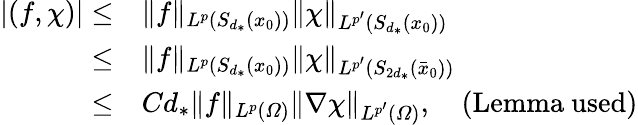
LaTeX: \begin{array}{rl}{|(f,\chi)|\leq}&{\| f\| _{L^{p}(S_{d_{*}}(x_{0}))}\| \chi\| _{L^{p^{\prime}}(S_{d_{*}}(x_{0}))}}\\ {\leq}&{\| f\| _{L^{p}(S_{d_{*}}(x_{0}))}\| \chi\| _{L^{p^{\prime}}(S_{2d_{*}}(\bar{x}_{0}))}}\\ {\leq}&{Cd_{*}\| f\| _{L^{p}(\varOmega)}\| \nabla\chi\| _{L^{p^{\prime}}(\varOmega)},\quad\mathrm{(Lemma~used)}}\end{array}